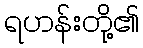
ရဟန်းတို့၏